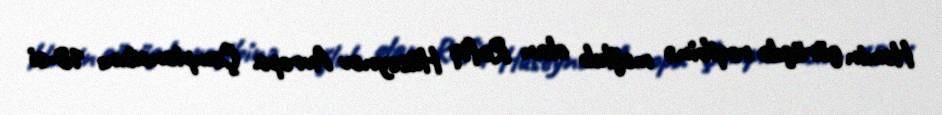
Həmin görüşdə rəqibinə məğlub olan Rafiq Hüseynov Avropa Çempionatını 18-ci